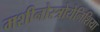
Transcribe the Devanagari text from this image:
मशीनोस्त्रोयेनिशिया